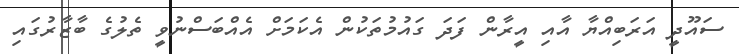
ސައޫދީ އަރަބިއްޔާ އާއި އީރާން ފަދަ ގައުމުތަކުން އެކަމަށް އެއްބަސްނުވީ ތެލުގެ ބާޒާރުގައި